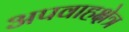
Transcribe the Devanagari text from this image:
अपवाहक्षेत्र